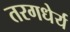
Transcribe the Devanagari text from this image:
तरगधेर्य